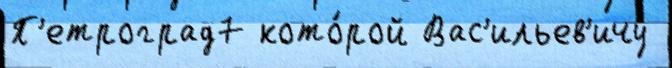
П'етроград7 кото́рой Вас'ильев'ичу